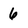
Character: 6